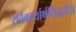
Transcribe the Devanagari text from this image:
सर्वकार्यार्थसिद्धये॥